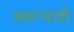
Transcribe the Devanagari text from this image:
स्वाऱ्याही